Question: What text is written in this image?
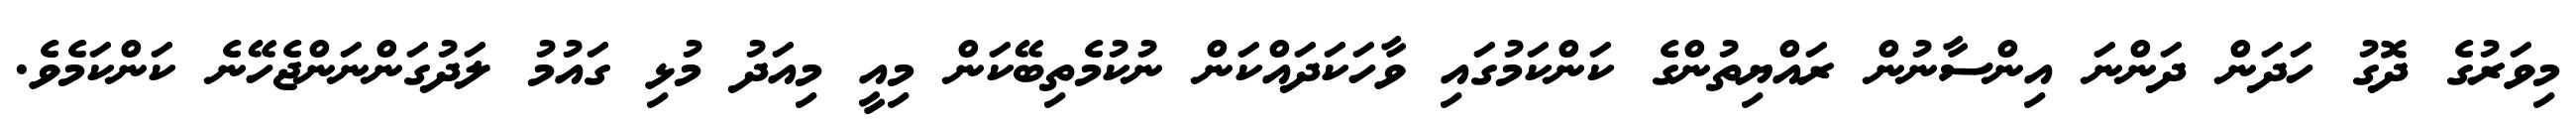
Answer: މިވަރުގެ ދޮގު ހަދަން ދަންނަ އިންސާނުން ރައްޔިތުންގެ ކަންކަމުގައި ވާހަކަދައްކަން ނުކުމެތިބޭކަން މިއީ މިއަދު މުޅި ގައުމު ލަދުގަންނަންޖެހޭނެ ކަންކަމެވެ.